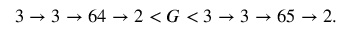
3 \rightarrow 3 \rightarrow 6 4 \rightarrow 2 < G < 3 \rightarrow 3 \rightarrow 6 5 \rightarrow 2 .